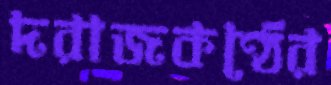
দরাজকণ্ঠের